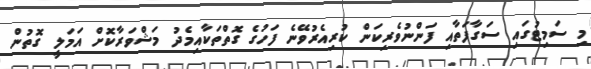
މި ސަމިޓުގައި ސަގާފަތާއި ފަންނުވެރިކަން ކުރިއެރުވޭނެ ފަހުގެ ގޮތްތަކާއިމެދު މަޝްވަރާކޮށް އަމަލީ ގޮތުން